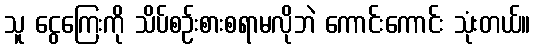
သူ ငွေကြေးကို သိပ်စဉ်းစားစရာမလိုဘဲ ကောင်းကောင်း သုံးတယ်။